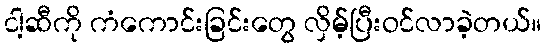
ငါ့ဆီကို ကံကောင်းခြင်းတွေ လှိမ့်ပြီးဝင်လာခဲ့တယ်။